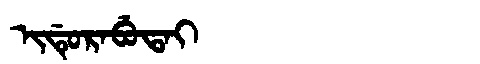
Manchu: ᡳᡩᡠᡵᠠᠪᡠᡨᠠᡳ
Romanization: IDURABUTAI